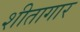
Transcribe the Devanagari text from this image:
शीतागार